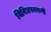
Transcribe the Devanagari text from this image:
विविधस्वरूपी